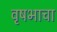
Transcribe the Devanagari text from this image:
वृषभाचा